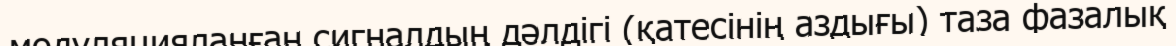
модуляцияланған сигналдың дәлдігі (қатесінің аздығы) таза фазалық